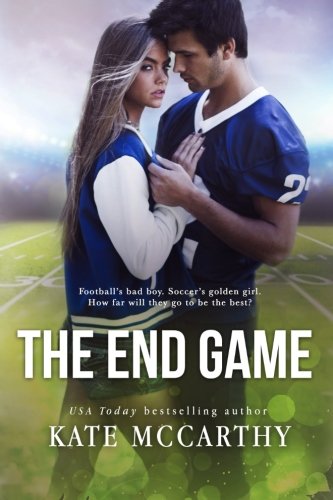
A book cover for The End Game; Kate McCarthy; Romance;